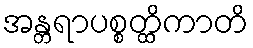
အန္တရာပစ္စတ္ထိကာတိ